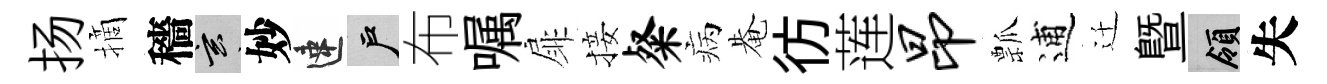
扬摘穡玄妙速户布嘱扉接粲病𤲅彷莲昂瓢逋迁暨領失